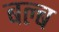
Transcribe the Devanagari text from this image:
बल्‍ब